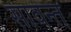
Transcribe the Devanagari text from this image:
सावन्‍त